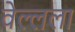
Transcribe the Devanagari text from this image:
वेल्लला